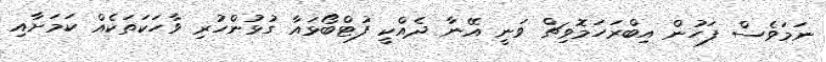
ނަމަވެސް ފަހުން އިބްރަހަމޮވިޗް ވަނީ އޭނާ ދެއްކީ ފުޓްބޯޅައާ ގުޅުންހުރި ވާހަކަތަކެއް ކަމަށާއި